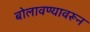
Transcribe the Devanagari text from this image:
बोलावण्यावरून